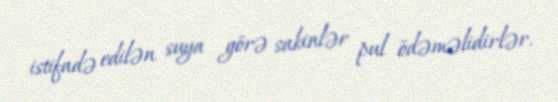
istifadə edilən suya görə sakinlər pul ödəməlidirlər.